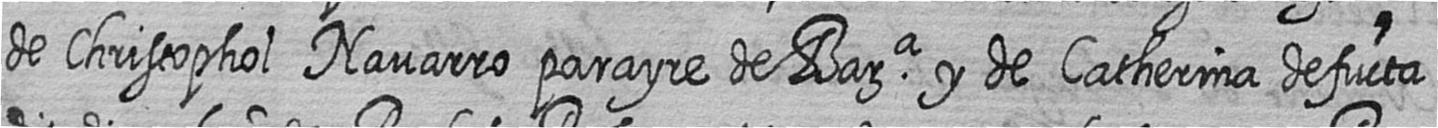
de Christophol Navarro parayre de Bara y de Catherina defucta